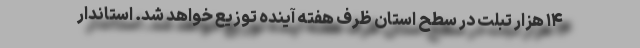
۱۴ هزار تبلت در سطح استان ظرف هفته آینده توزیع خواهد شد. استاندار